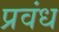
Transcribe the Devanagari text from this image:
प्रवंध